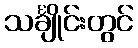
သင်္ချိုင်းတွင်